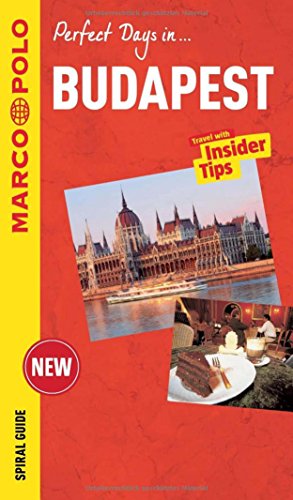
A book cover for Budapest Marco Polo Spiral Guide (Marco Polo Spiral Guides); Marco Polo Travel Publishing; Travel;